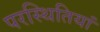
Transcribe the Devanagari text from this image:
परस्थितियां